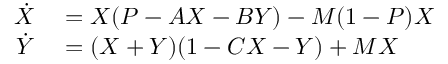
\begin{array} { r l } { \dot { X } } & { { } = X ( P - A X - B Y ) - M ( 1 - P ) X } \\ { \dot { Y } } & { { } = ( X + Y ) ( 1 - C X - Y ) + M X } \end{array}